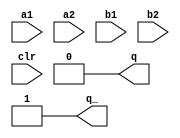
module sn74ls422(a1, a2, b1, b2, clr, q, q_);
input a1, a2, b1, b2, clr;
output q, q_;
reg mono;

parameter
	rT = 10,    // in kOhm
	cT = 1000,  // in pFarad

	// TI TTL data book Vol 1, 1985
	tW = 0.32 * rT * cT * (1 + 0.7/rT), // tw is in nsec
	tPLHA_min=0, tPLHA_typ=15, tPLHA_max=20,
	tPHLA_min=0, tPHLA_typ=15, tPHLA_max=20,
	tPLHB_min=0, tPLHB_typ=15, tPLHB_max=20,
	tPHLB_min=0, tPHLB_typ=15, tPHLB_max=20;

always @(clr==0)
begin
	mono <= 0;
end

always @(negedge a1)
begin
	if (a1==0) begin
		mono <= 1;
	end	
end

always @(negedge a2)
begin
	if (a2==0) begin
		mono <= 1;
	end	
end

always @(posedge b1)
begin
	if (b1==1) begin
		mono <= 1;
	end	
end

always @(posedge b2)
begin
	if (b2==1) begin
		mono <= 1;
	end	
end

always @(posedge mono)
begin
	if (mono==1) begin
		mono <= #(tW) 0;
	end
end

assign #(tPLHA_min:tPLHA_typ:tPLHA_max, tPHLA_min:tPHLA_typ:tPHLA_max) q = mono;
assign #(tPLHA_min:tPLHA_typ:tPLHA_max, tPHLA_min:tPHLA_typ:tPHLA_max) q_ = ~mono;

endmodule